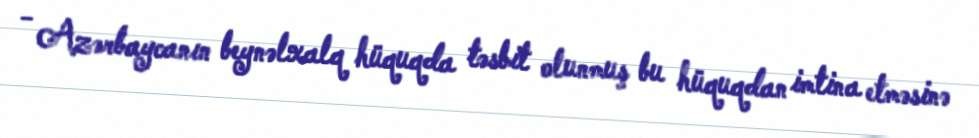
- Azərbaycanın beynəlxalq hüquqda təsbit olunmuş bu hüquqdan imtina etməsinə